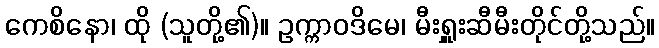
ကေစိနော၊ ထို (သူတို့၏)။ ဥက္ကာဝဒိမေ၊ မီးရှူးဆီမီးတိုင်တို့သည်။